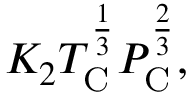
K _ { 2 } T _ { \mathrm { C } } ^ { \frac { 1 } { 3 } } P _ { \mathrm { C } } ^ { \frac { 2 } { 3 } } ,